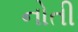
નોતી